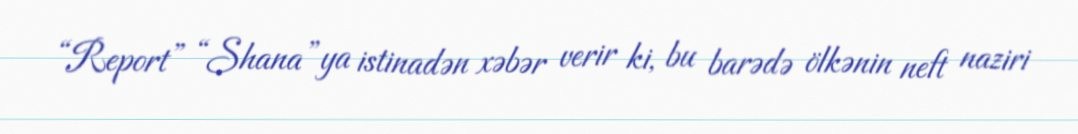
“Report” “Shana”ya istinadən xəbər verir ki, bu barədə ölkənin neft naziri